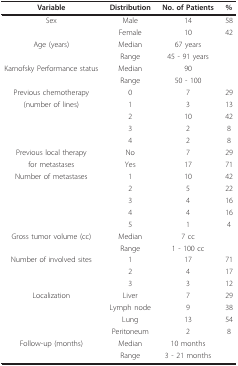
<table><thead><tr><td><b>Variable</b></td><td><b>Distribution</b></td><td><b>No. of Patients</b></td><td><b>%</b></td></tr></thead><tbody><tr><td>Sex</td><td>Male</td><td>14</td><td>58</td></tr><tr><td></td><td>Female</td><td>10</td><td>42</td></tr><tr><td>Age (years)</td><td>Median</td><td>67 years</td><td></td></tr><tr><td></td><td>Range</td><td>45 - 91 years</td><td></td></tr><tr><td>Karnofsky Performance status</td><td>Median</td><td>90</td><td></td></tr><tr><td></td><td>Range</td><td>50 - 100</td><td></td></tr><tr><td>Previous chemotherapy</td><td>0</td><td>7</td><td>29</td></tr><tr><td>(number of lines)</td><td>1</td><td>3</td><td>13</td></tr><tr><td></td><td>2</td><td>10</td><td>42</td></tr><tr><td></td><td>3</td><td>2</td><td>8</td></tr><tr><td></td><td>4</td><td>2</td><td>8</td></tr><tr><td>Previous local therapy</td><td>No</td><td>7</td><td>29</td></tr><tr><td>for metastases</td><td>Yes</td><td>17</td><td>71</td></tr><tr><td>Number of metastases</td><td>1</td><td>10</td><td>42</td></tr><tr><td></td><td>2</td><td>5</td><td>22</td></tr><tr><td></td><td>3</td><td>4</td><td>16</td></tr><tr><td></td><td>4</td><td>4</td><td>16</td></tr><tr><td></td><td>5</td><td>1</td><td>4</td></tr><tr><td>Gross tumor volume (cc)</td><td>Median</td><td>7 cc</td><td></td></tr><tr><td></td><td>Range</td><td>1 - 100 cc</td><td></td></tr><tr><td>Number of involved sites</td><td>1</td><td>17</td><td>71</td></tr><tr><td></td><td>2</td><td>4</td><td>17</td></tr><tr><td></td><td>3</td><td>3</td><td>12</td></tr><tr><td>Localization</td><td>Liver</td><td>7</td><td>29</td></tr><tr><td></td><td>Lymph node</td><td>9</td><td>38</td></tr><tr><td></td><td>Lung</td><td>13</td><td>54</td></tr><tr><td></td><td>Peritoneum</td><td>2</td><td>8</td></tr><tr><td>Follow-up (months)</td><td>Median</td><td>10 months</td><td></td></tr><tr><td></td><td>Range</td><td>3 - 21 months</td><td></td></tr></tbody></table>